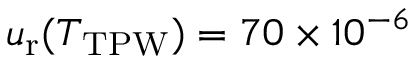
u _ { \mathrm { r } } ( T _ { \mathrm { T P W } } ) = 7 0 \times 1 0 ^ { - 6 }